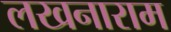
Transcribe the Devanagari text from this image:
लखनाराम